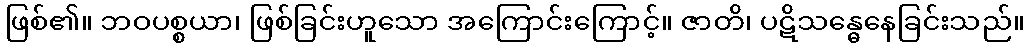
ဖြစ်၏။ ဘဝပစ္စယာ၊ ဖြစ်ခြင်းဟူသော အကြောင်းကြောင့်။ ဇာတိ၊ ပဋိသန္ဓေနေခြင်းသည်။